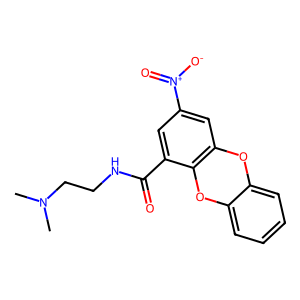
SMILES: CN(C)CCNC(=O)c1cc([N+](=O)[O-])cc2c1Oc1ccccc1O2
Inhibits HIV replication: No